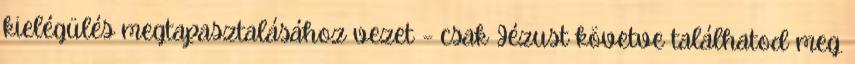
kielégülés megtapasztalásához vezet – csak Jézust követve találhatod meg.